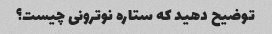
توضیح دهید که ستاره نوترونی چیست؟